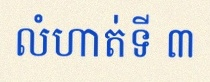
លំហាត់ទី ៣